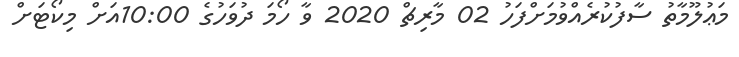
މަޢުލޫމާތު ސާފުކުރެއްވުމަށްފަހު 02 މާރިޗް 2020 ވާ ހޯމަ ދުވަހުގެ 10:00އަށް މިކޯޓަށް